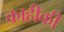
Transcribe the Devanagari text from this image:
काहीकी